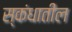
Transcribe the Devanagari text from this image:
स्कंधातील